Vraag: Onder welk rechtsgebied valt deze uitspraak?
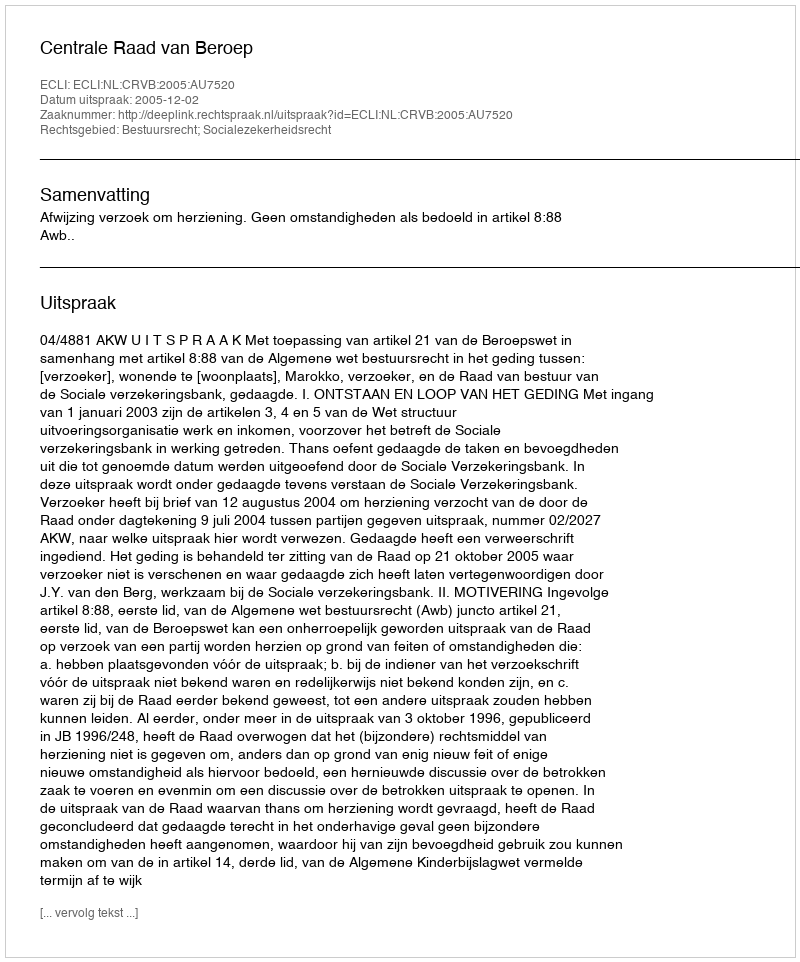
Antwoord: Bestuursrecht; Socialezekerheidsrecht